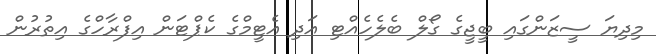
މިދިޔަ ސީޒަންގައި ބީޖީގެ ގޯލް ބެލެހެއްޓި އަދި އެޓީމްގެ ކެޕްޓަން އިފްރާހްގެ އިތުރުން